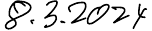
8.3.2024